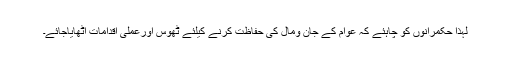
لہٰذا حکمرانوں کو چاہئے کہ عوام کے جان ومال کی حفاظت کرنے کیلئے ٹھوس اورعملی اقدامات اٹھایاجائے۔